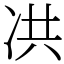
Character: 㓋